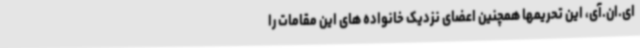
ای.ان.آی، این تحریمها همچنین اعضای نزدیک خانواده های این مقامات را